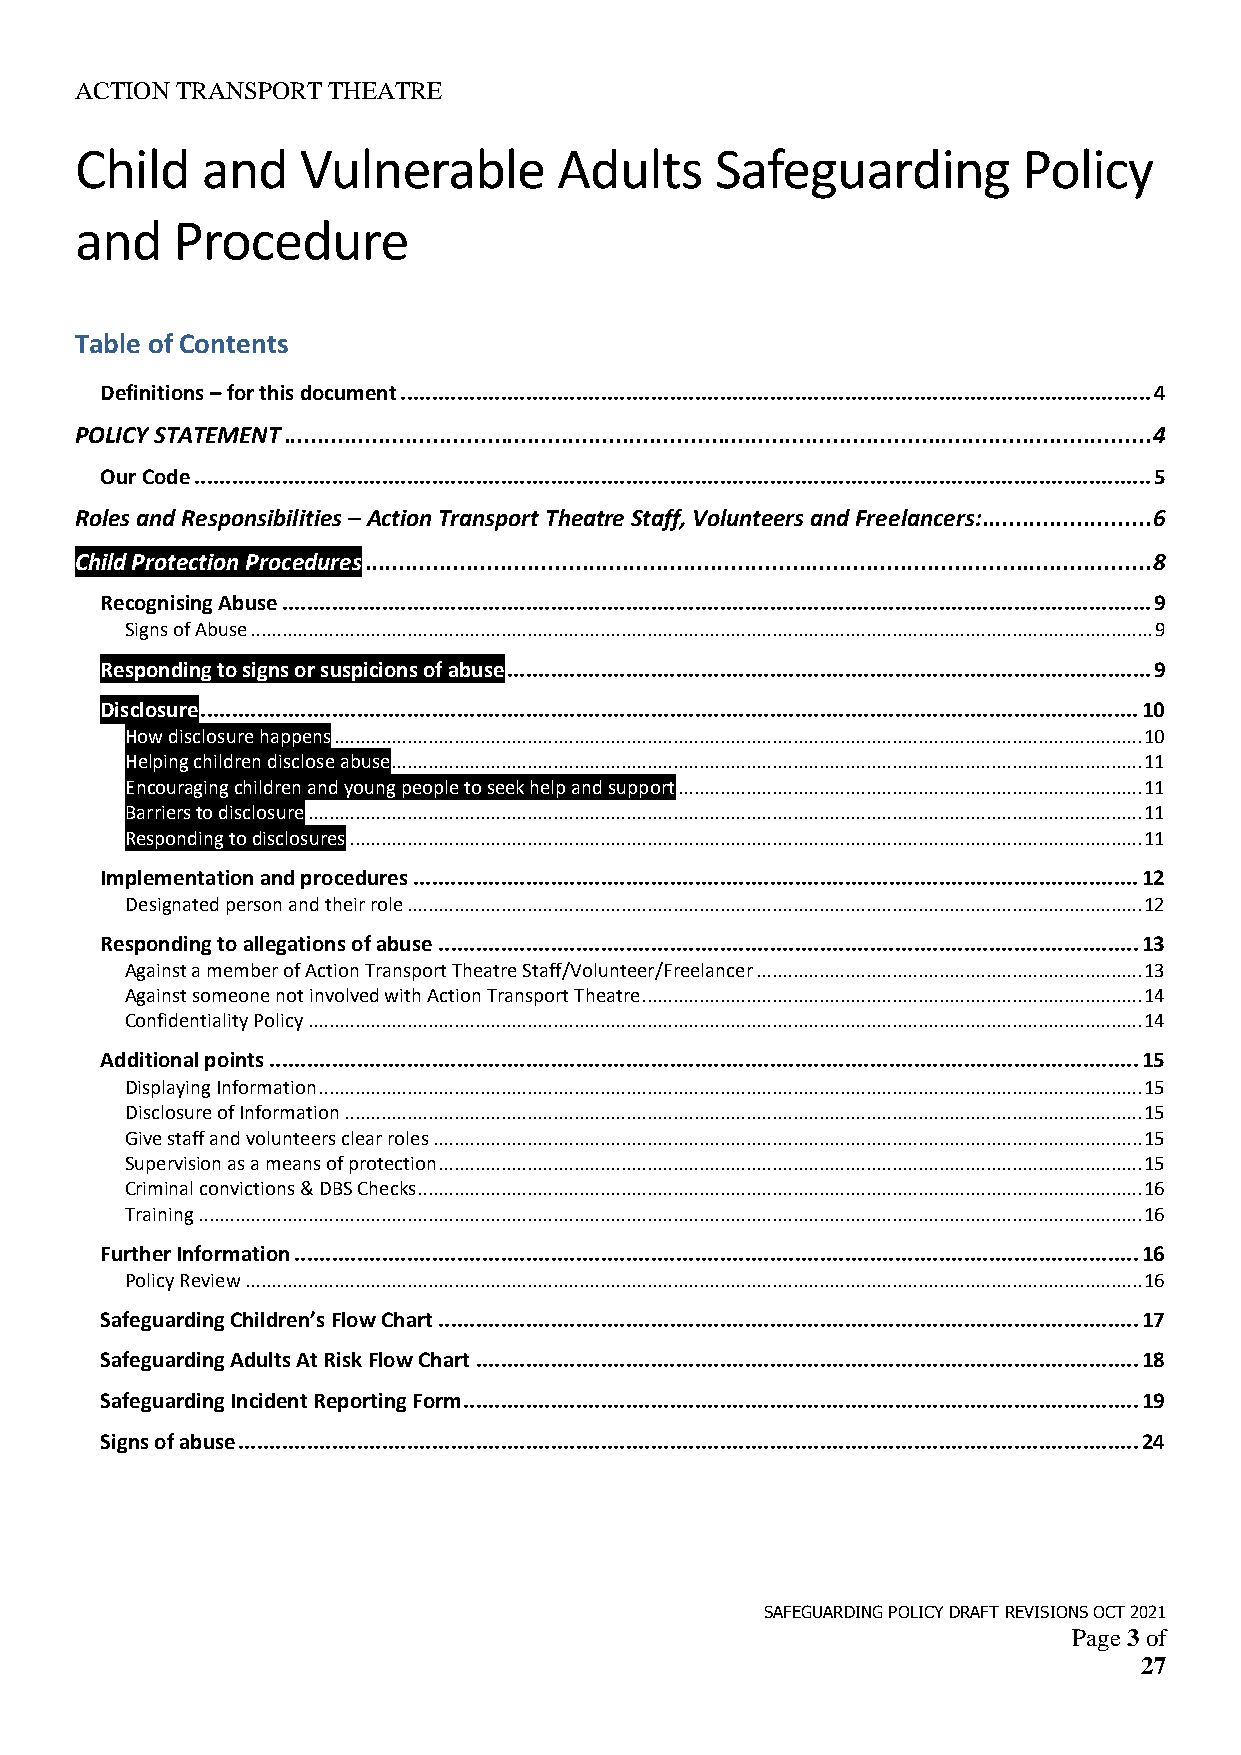
ACTION TRANSPORT THEATRE
 Child   and    Vulnerable       Adults    Safeguarding         Policy
 and   Procedure
 Table of Contents
 Definitions – for this document ........................................................................................................................ 4
 POLICY STATEMENT ................................................................................................................................ 4
 Our Code ......................................................................................................................................................... 5
 Roles and Responsibilities – Action Transport Theatre Staff, Volunteers and Freelancers: ......................... 6
 Child Protection Procedures .................................................................................................................... 8
 Recognising Abuse ........................................................................................................................................... 9
 Signs of Abuse ............................................................................................................................................................................. 9
 Responding to signs or suspicions of abuse ....................................................................................................... 9
 Disclosure ...................................................................................................................................................... 10
 How disclosure happens ........................................................................................................................................................... 10
 Helping children disclose abuse ................................................................................................................................................ 11
 Encouraging children and young people to seek help and support ......................................................................................... 11
 Barriers to disclosure ................................................................................................................................................................ 11
 Responding to disclosures ........................................................................................................................................................ 11
 Implementation and procedures .................................................................................................................... 12
 Designated person and their role ............................................................................................................................................. 12
 Responding to allegations of abuse ................................................................................................................ 13
 Against a member of Action Transport Theatre Staff/Volunteer/Freelancer .......................................................................... 13
 Against someone not involved with Action Transport Theatre................................................................................................ 14
 Confidentiality Policy ................................................................................................................................................................ 14
 Additional points ........................................................................................................................................... 15
 Displaying Information .............................................................................................................................................................. 15
 Disclosure of Information ......................................................................................................................................................... 15
 Give staff and volunteers clear roles ........................................................................................................................................ 15
 Supervision as a means of protection....................................................................................................................................... 15
 Criminal convictions & DBS Checks........................................................................................................................................... 16
 Training ..................................................................................................................................................................................... 16
 Further Information ....................................................................................................................................... 16
 Policy Review ............................................................................................................................................................................ 16
 Safeguarding Children’s Flow Chart ................................................................................................................ 17
 Safeguarding Adults At Risk Flow Chart .......................................................................................................... 18
 Safeguarding Incident Reporting Form ............................................................................................................ 19
 Signs of abuse ................................................................................................................................................ 24
 SAFEGUARDING POLICY DRAFT REVISIONS OCT 2021
 Page 3 of
 27